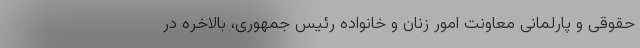
حقوقی و پارلمانی معاونت امور زنان و خانواده رئیس جمهوری، بالاخره در